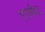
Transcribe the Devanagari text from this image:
एनाभिड